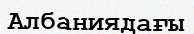
Албаниядағы